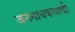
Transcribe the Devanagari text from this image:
जननायकवादी